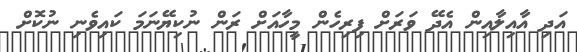
އަދި އާއިލާއިން އެދޭ ވަރަށް ފިރިހެން މީހާއަށް ރަން ނުކިޔޭނަމަ ކައިވެނި ނުކޮށް